Mental hospitals Bombay report 1921-28 - 1921-1928
Year: 1921
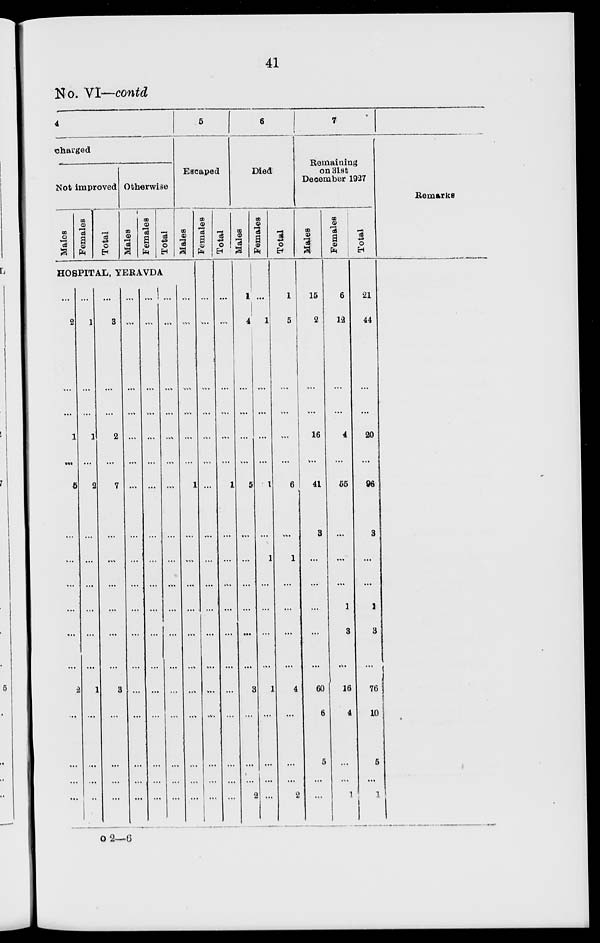
41
No. VI—contd
4
charged
Not improved
Males
Females
Total
Otherwise
Males
Females
Total
5
Escaped
Males
HOSPITAL, YERAVDA
...
2
...
1
...
5
...
...
...
...
...
...
2
...
...
...
...
...
1
...
1
...
2
...
...
...
...
...
...
1
...
...
...
...
...
3
...
2
...
7
...
...
...
...
...
...
3
...
...
...
...
...
...
...
...
...
...
...
...
...
...
...
...
...
...
...
...
...
...
...
...
...
...
...
...
...
...
...
...
...
...
...
...
...
...
...
...
...
...
...
...
...
...
...
...
...
...
...
...
...
...
...
...
...
...
...
...
1
...
...
...
...
...
...
...
...
...
...
...
Females
...
...
...
...
...
...
...
...
...
...
...
...
...
...
...
...
...
Total
...
...
...
...
...
1
...
...
...
...
...
...
...
...
...
...
...
6
Died
Males
1
4
...
...
...
5
...
...
...
...
...
...
3
...
...
...
2
Females
...
1
...
...
...
1
...
1
...
...
...
...
1
...
...
...
...
Total
1
5
...
...
...
6
...
1
...
...
...
...
4
...
...
...
2
7
Remaining
on 31st
December 1927
Males
15
2
...
16
...
41
3
...
...
...
...
...
60
6
5
...
...
Females
6
12
...
4
...
55
...
...
...
1
3
...
16
4
...
...
1
Total
21
44
...
20
...
96
3
...
...
1
3
...
76
10
5
...
1
Remarks
o 2—6